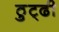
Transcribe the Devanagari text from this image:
ठुट्ढी